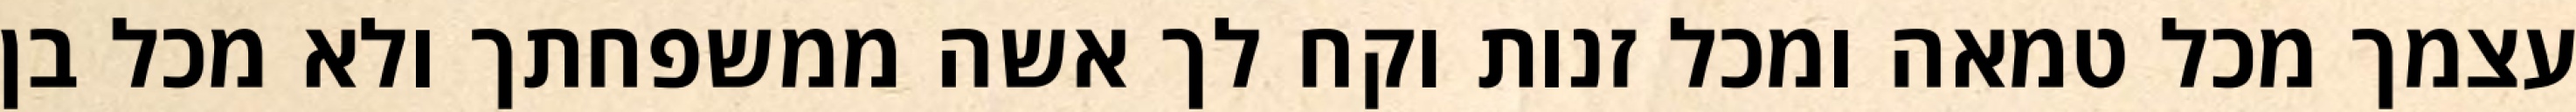
עצמך מכל טמאה ומכל זנות וקח לך אשה ממשפחתך ולא מכל בן